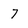
Character: 7